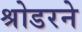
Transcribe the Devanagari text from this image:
श्रोडरने